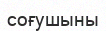
соғушыны